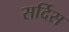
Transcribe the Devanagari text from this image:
सर्दिस